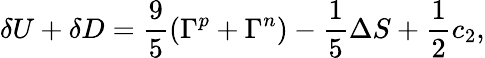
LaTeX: \delta U+\delta D=\frac{9}{5}(\Gamma^{p}+\Gamma^{n})-\frac{1}{5}\Delta S+\frac{1}{2}c_{2},